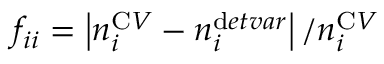
f _ { i i } = \left| n _ { i } ^ { \textrm C V } - n _ { i } ^ { \textrm d e t v a r } \right| / n _ { i } ^ { \textrm C V }